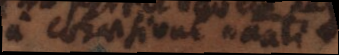
a cohaesione naturali.